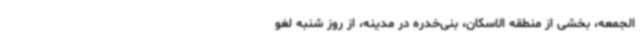
الجمعه، بخشی از منطقه الاسکان، بنی‌خدره در مدینه، از روز شنبه لغو